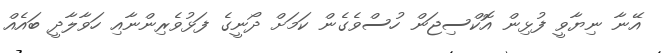
އޭނާ ނިޔާވީ ފުޅިން އޮކްސިޖަން ހުސްވެގެން ކަމަށް ދޯނީގެ ފަޅުވެރިންނާއި ހަވާލާދީ ބައެއް